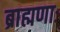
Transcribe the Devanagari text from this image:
ब्राह्मणाः